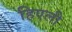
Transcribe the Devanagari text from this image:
हिएली